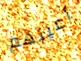
أعينهم